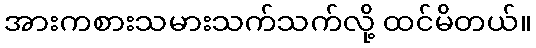
အားကစားသမားသက်သက်လို့ ထင်မိတယ်။